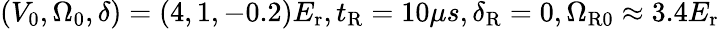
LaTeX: (V_{0},\Omega_{0},\delta)=(4,1,-0.2)E_{\mathrm{{r}}},t_{\mathrm{{R}}}=10\mu s,\delta_{\mathrm{{R}}}=0,\Omega_{\mathrm{{R0}}}\approx 3.4E_{\mathrm{{r}}}